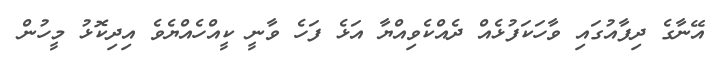
އޭނާގެ ދިފާއުގައި ވާހަކަފުޅެއް ދެއްކެވިއްޔާ އަޅެ ފަހެ ވާނީ ކީއްހެއްޔެވެ އިދިކޮޅު މީހުން